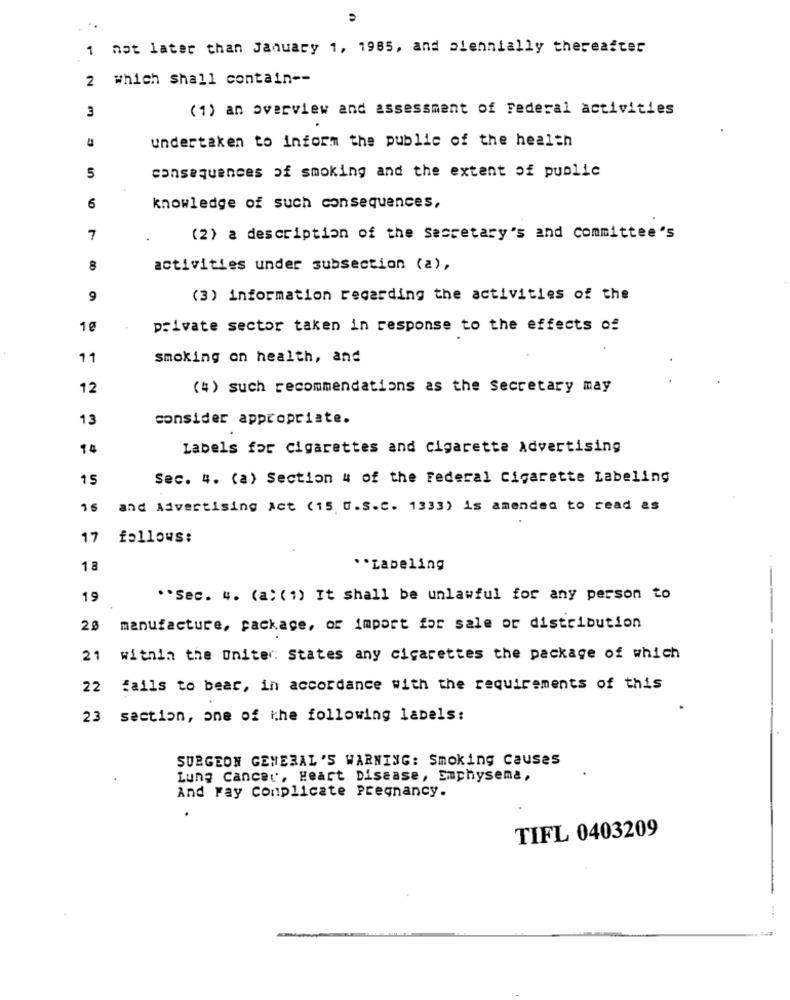
1 not later than January 1, 1985, and plennially thereafter
2which shall contain --
3
(1) an Overview and assessment of Federal activities
undertaken to inform the public of the health
consequences ofsmoking and the extent of public
5
6
knowledge of such consequences,
7
(2) a description of the Secretary's and committee's
8
activities under subsection (a),
(3) information regarding the activities of the
private sector taken in response to the effects of
11
smoking on health, and
12
(4) such recommendations as the Secretary may
13
consider appropriate.
14
Labels for cigarettes and Cigarette Advertising
15
Sec. 4. (a) Section 4 of the Federal Cigarette Labeling
and Advertising Act (15 U.S.C. 1333) is amended to read as
17
follows:
18
.. Labeling
19
** Sec. 4. (a) ( 1) It shall be unlawful for any person to
28
manufacture, package, of import for sale or distribution
21
within the United States any cigarettes the package of which
22 fails to bear, in accordance with the requirements of this
23 section, one of the following labels:
SURGEON GENERAL'S WARNING: Smoking causes
Lung Cancer, Heart Disease, Emphysema,
And Fay conplicate Pregnancy.
TIFL 0403209